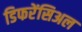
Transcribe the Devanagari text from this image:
डिफरेंसिअल